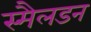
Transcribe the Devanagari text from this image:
स्मैलडन